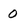
Character: 0